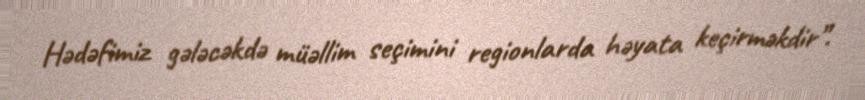
Hədəfimiz gələcəkdə müəllim seçimini regionlarda həyata keçirməkdir”.